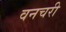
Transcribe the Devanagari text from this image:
वनचरी